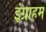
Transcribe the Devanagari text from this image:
इंग्राहम